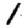
Digit: 1